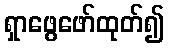
ရှာဖွေဖော်ထုတ်၍